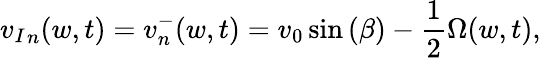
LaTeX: {v_{I}}_{n}(w,t)={v}_{n}^{-}(w,t)=v_{0}\sin{(\beta)}-\frac{1}{2}\Omega(w,t),